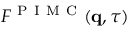
F ^ { \mathrm { ~ P ~ I ~ M ~ C ~ } } ( \mathbf { q } , \tau )